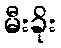
မီးခိုး